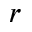
r